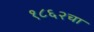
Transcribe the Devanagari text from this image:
१८६२चा